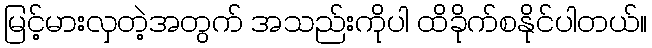
မြင့်မားလှတဲ့အတွက် အသည်းကိုပါ ထိခိုက်စနိုင်ပါတယ်။